Civil Veterinary Dept. North-West Frontier Province 1923-32 - 1923-1932
Year: 1923
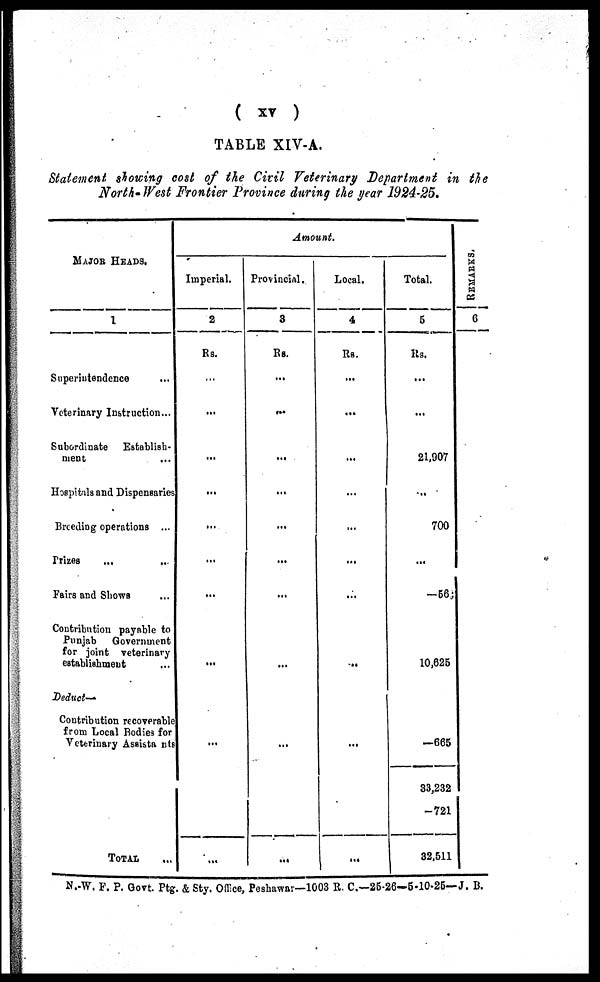
(
xv
)
TABLE XIV-A.
Statement showing cost of the Civil Veterinary Department in the
North-West Frontier Province during the year 1924-25.
MAJOR HEADS.
1
Superintendence ...
Veterinary Instruction...
Subordinate
Establish-
ment ...
Hospitals and Dispensaries
Breeding operations ...
Prizes ... ...
Fairs and Shows ...
Contribution payable to
Punjab
Government
for joint veterinary
establishment ...
Deduct—
Contribution recoverable
from Local Bodies for
Veterinary Assistants
TOTAL ...
Amount.
Imperial.
2
Rs.
...
...
...
...
...
...
...
...
...
...
Provincial.
3
Rs.
...
...
...
...
...
...
...
...
...
...
Local.
4
Rs.
...
...
...
...
...
...
...
...
...
...
Total.
5
Rs.
...
...
21,907
...
700
...
—56
10,625
—665
33,232
—721
32,511
REMARKS.
6
N.-W. F. P. Govt Ptg. & Sty. Office, Peshawar—1003 R. C.—25-26—5-10-25— J. B.